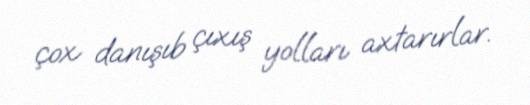
çox danışıb çıxış yolları axtarırlar.